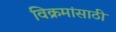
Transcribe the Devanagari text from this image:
विक्रमांसाठी